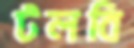
টলবি